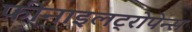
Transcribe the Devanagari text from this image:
फ़ीनाइलट्रोपेन्स